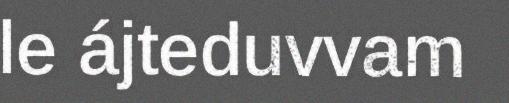
le ájteduvvam